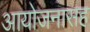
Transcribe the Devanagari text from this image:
आयोजनासह